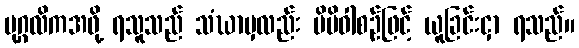
ပုဂ္ဂလိကအဖို့ ရသူသည် သံဃာမှလည်း မိမိဝါစဉ်ဖြင့် ယူခြင်းငှာ ရသည်။